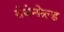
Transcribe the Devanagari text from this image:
रोजेन्फ़ेल्ड